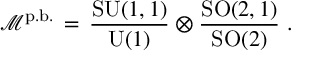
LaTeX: \mathcal { M } ^ { \mathrm { p . b . } } \, = \, \frac { \mathrm { S U } ( 1 , 1 ) } { \mathrm { U } ( 1 ) } \otimes \frac { \mathrm { S O } ( 2 , 1 ) } { \mathrm { S O } ( 2 ) } ~ .